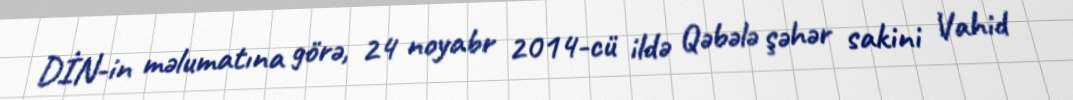
DİN-in məlumatına görə, 24 noyabr 2014-cü ildə Qəbələ şəhər sakini Vahid